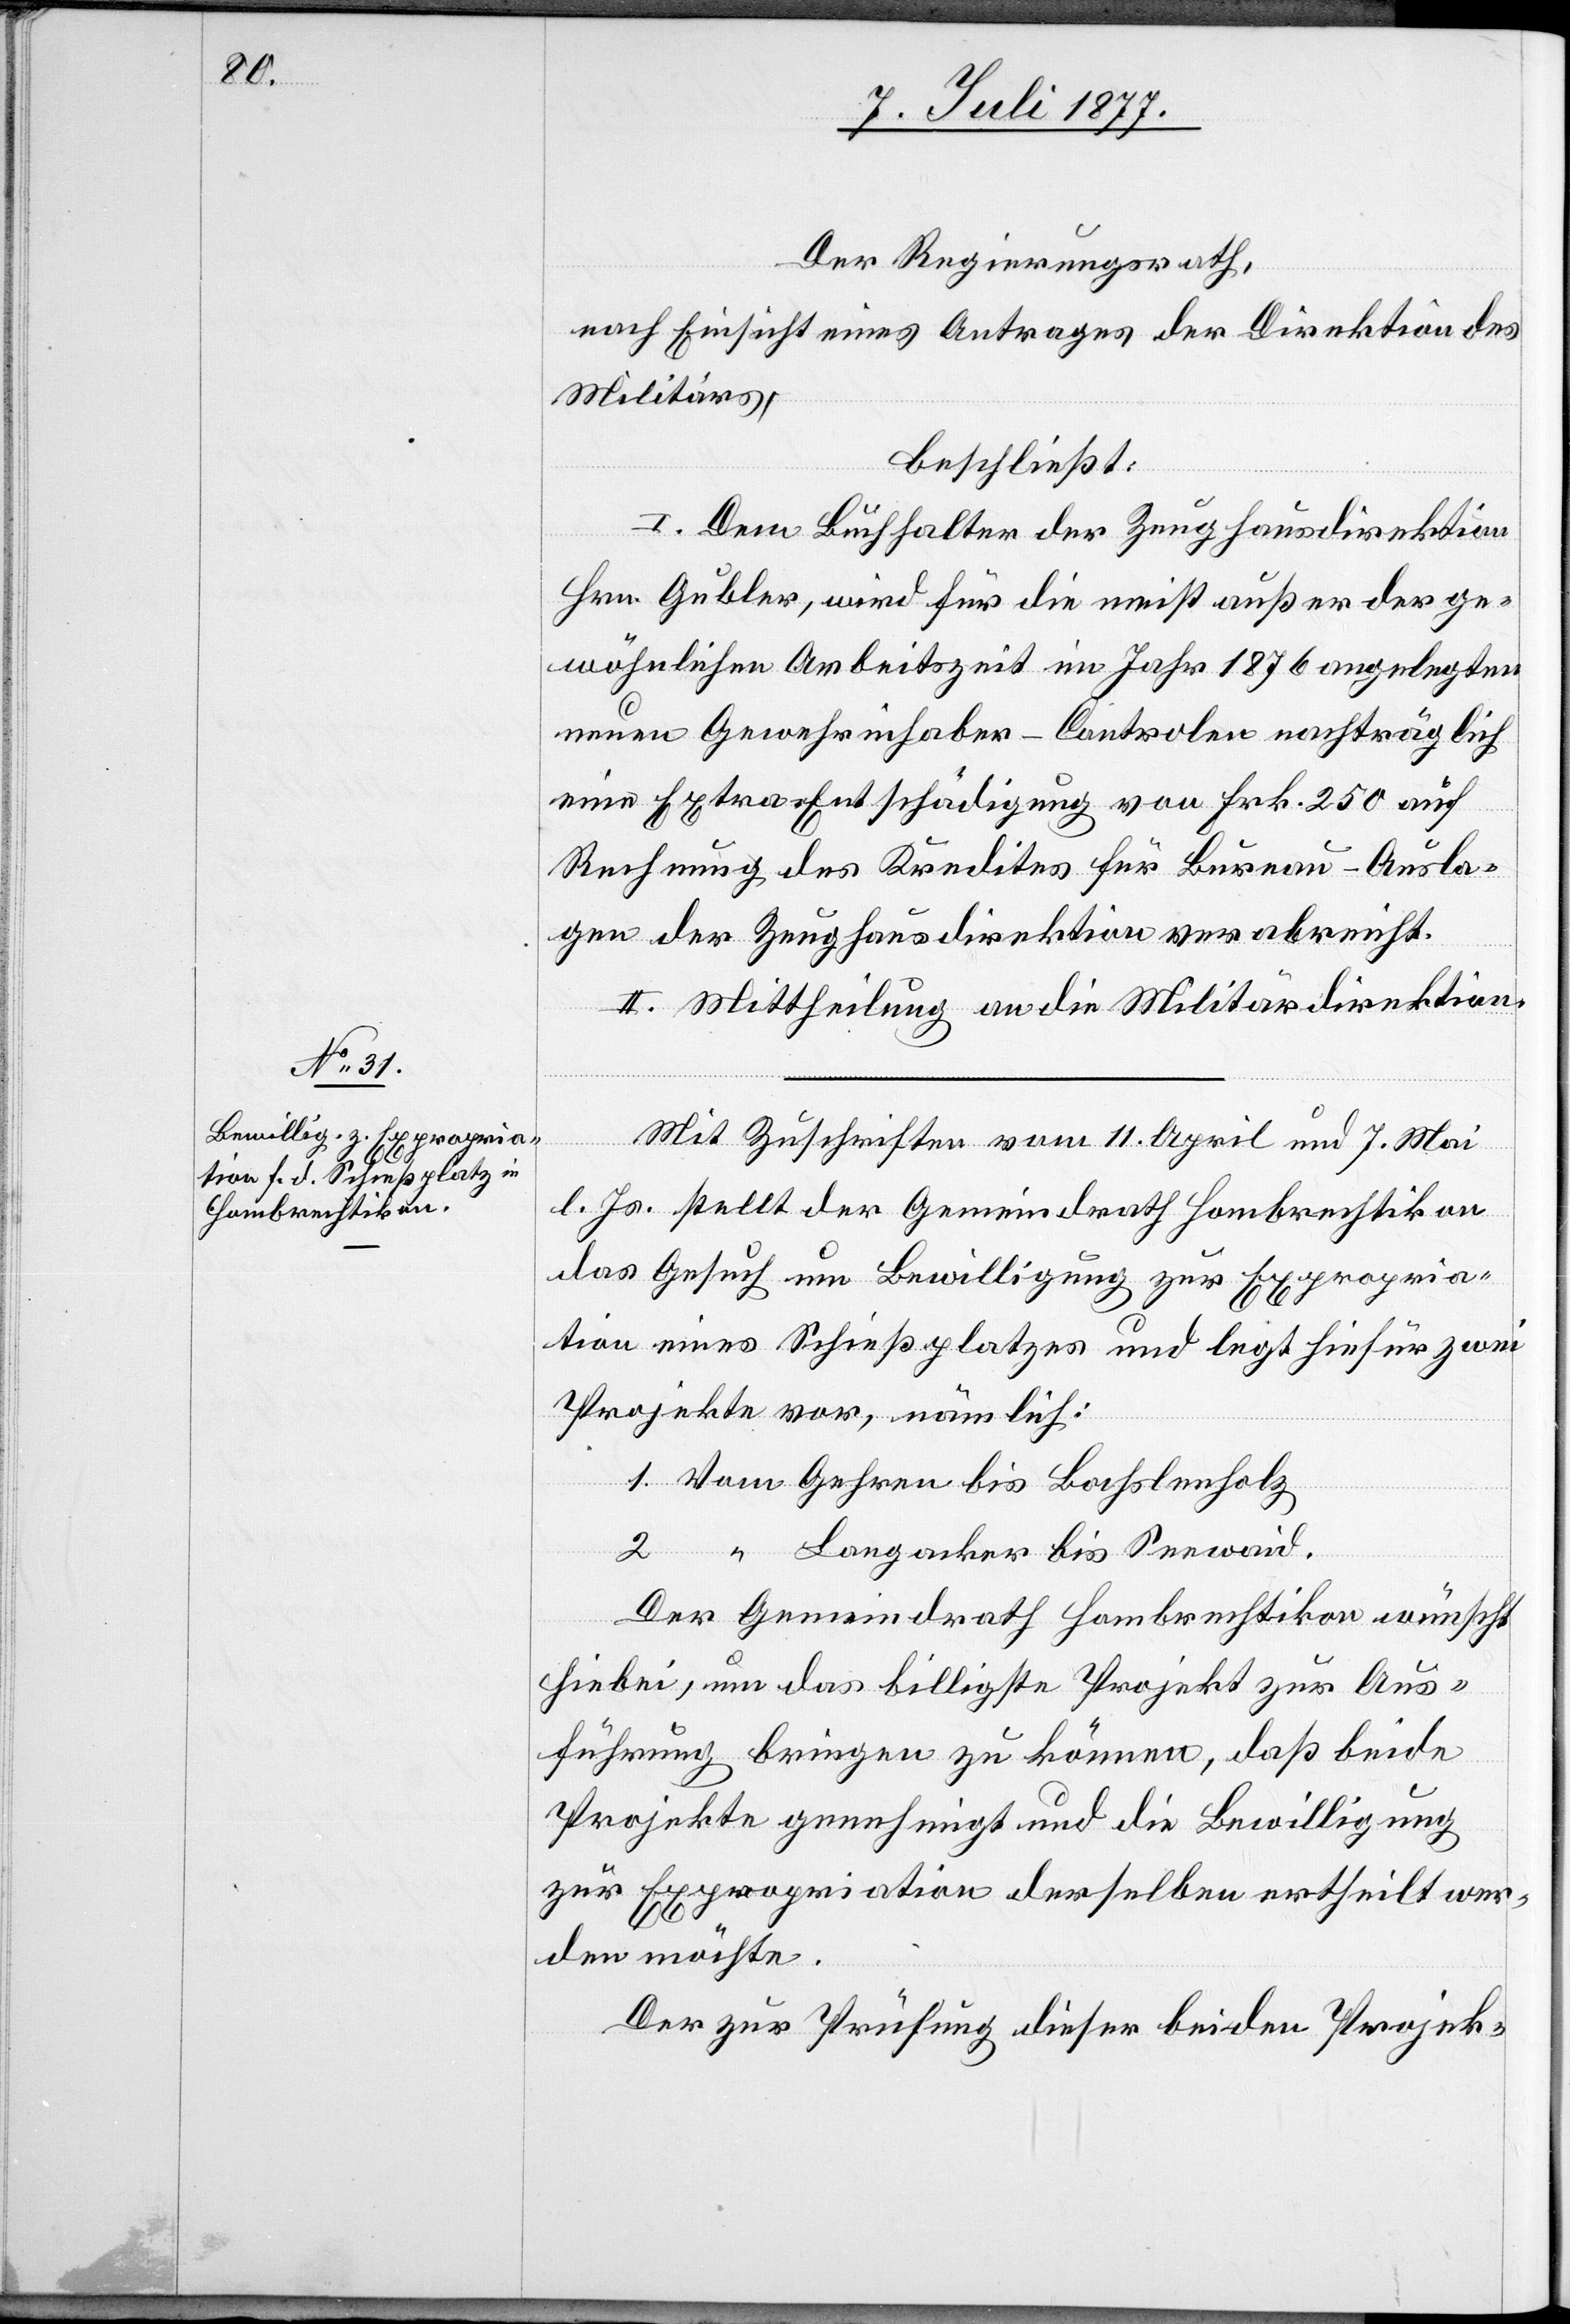
Der Regierungsrath,
nach Einsicht eines Antrages der Direktion des
Militärs,
beschließt:
I. Dem Buchhalter der Zeughausdirektion
Hrn. Gubler, wird für die meist außer der ge¬
wöhnlichen Arbeitszeit im Jahr 1876 angelegten
neuen Gewehrinhaber-Controlen nachträglich
eine Extra-Entschädigung von Frk. 250 auf
Rechnung des Kredites für Bureau-Ausla¬
gen der Zeughausdirektion verabreicht.
II. Mittheilung an die Militärdirektion.
Mit Zuschriften vom 11. April und 7. Mai
l. Js. stellt der Gemeindrath Hombrechtikon
das Gesuch um Bewilligung zur Expropria¬
tion eines Schießplatzes und legt hiefür zwei
Projekte vor, nämlich:
1. Vom Gehren bis Bochslenholz
2. “ Langacker bis Seewaid.
Der Gemeindrath Hombrechtikon wünscht
hiebei, um das billigste Projekt zur Aus¬
führung bringen zu können, daß beide
Projekte genehmigt und die Bewilligung
zur Expropriation derselben ertheilt wer¬
den möchte.
Der zur Prüfung dieser beiden Projek-